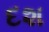
દશ